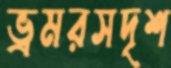
ভ্রমরসদৃশ